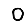
Digit: 0